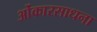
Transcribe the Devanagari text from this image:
ओंकारसाधना